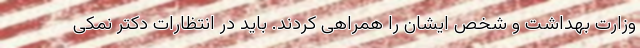
وزارت بهداشت و شخص ایشان را همراهی کردند. باید در انتظارات دکتر نمکی